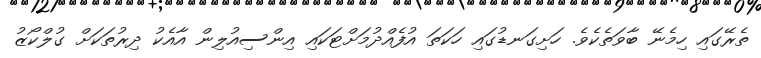
ތެރޭގައި ހިމެނޭ ބާވަތެކެވެ. ހަށިގަނޑުގައި ހަކަތަ އުފެއްދުމަށްޓަކައި އިންސިއުލިން އާއެކު ދިރުތަކަށް ގުލްކޯޒު